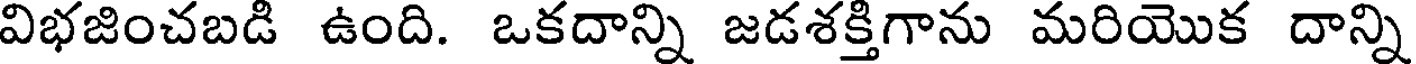
విభజించబడి ఉంది. ఒకదాన్ని జడశక్తిగాను మరియొక దాన్ని